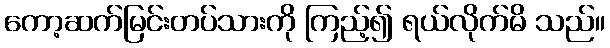
ကော့ဆက်မြင်းတပ်သားကို ကြည့်၍ ရယ်လိုက်မိ သည်။